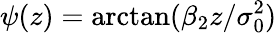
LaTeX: \psi(z)=\arctan(\beta_{2}z/\sigma_{0}^{2})